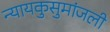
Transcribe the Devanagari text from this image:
न्यायकुसुमांजली